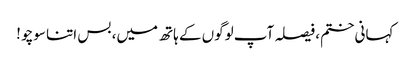
کہانی ختم، فیصلہ آپ لوگوں کے ہاتھ میں، بس اتنا سوچو !